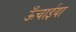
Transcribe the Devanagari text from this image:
ऊँचाईया